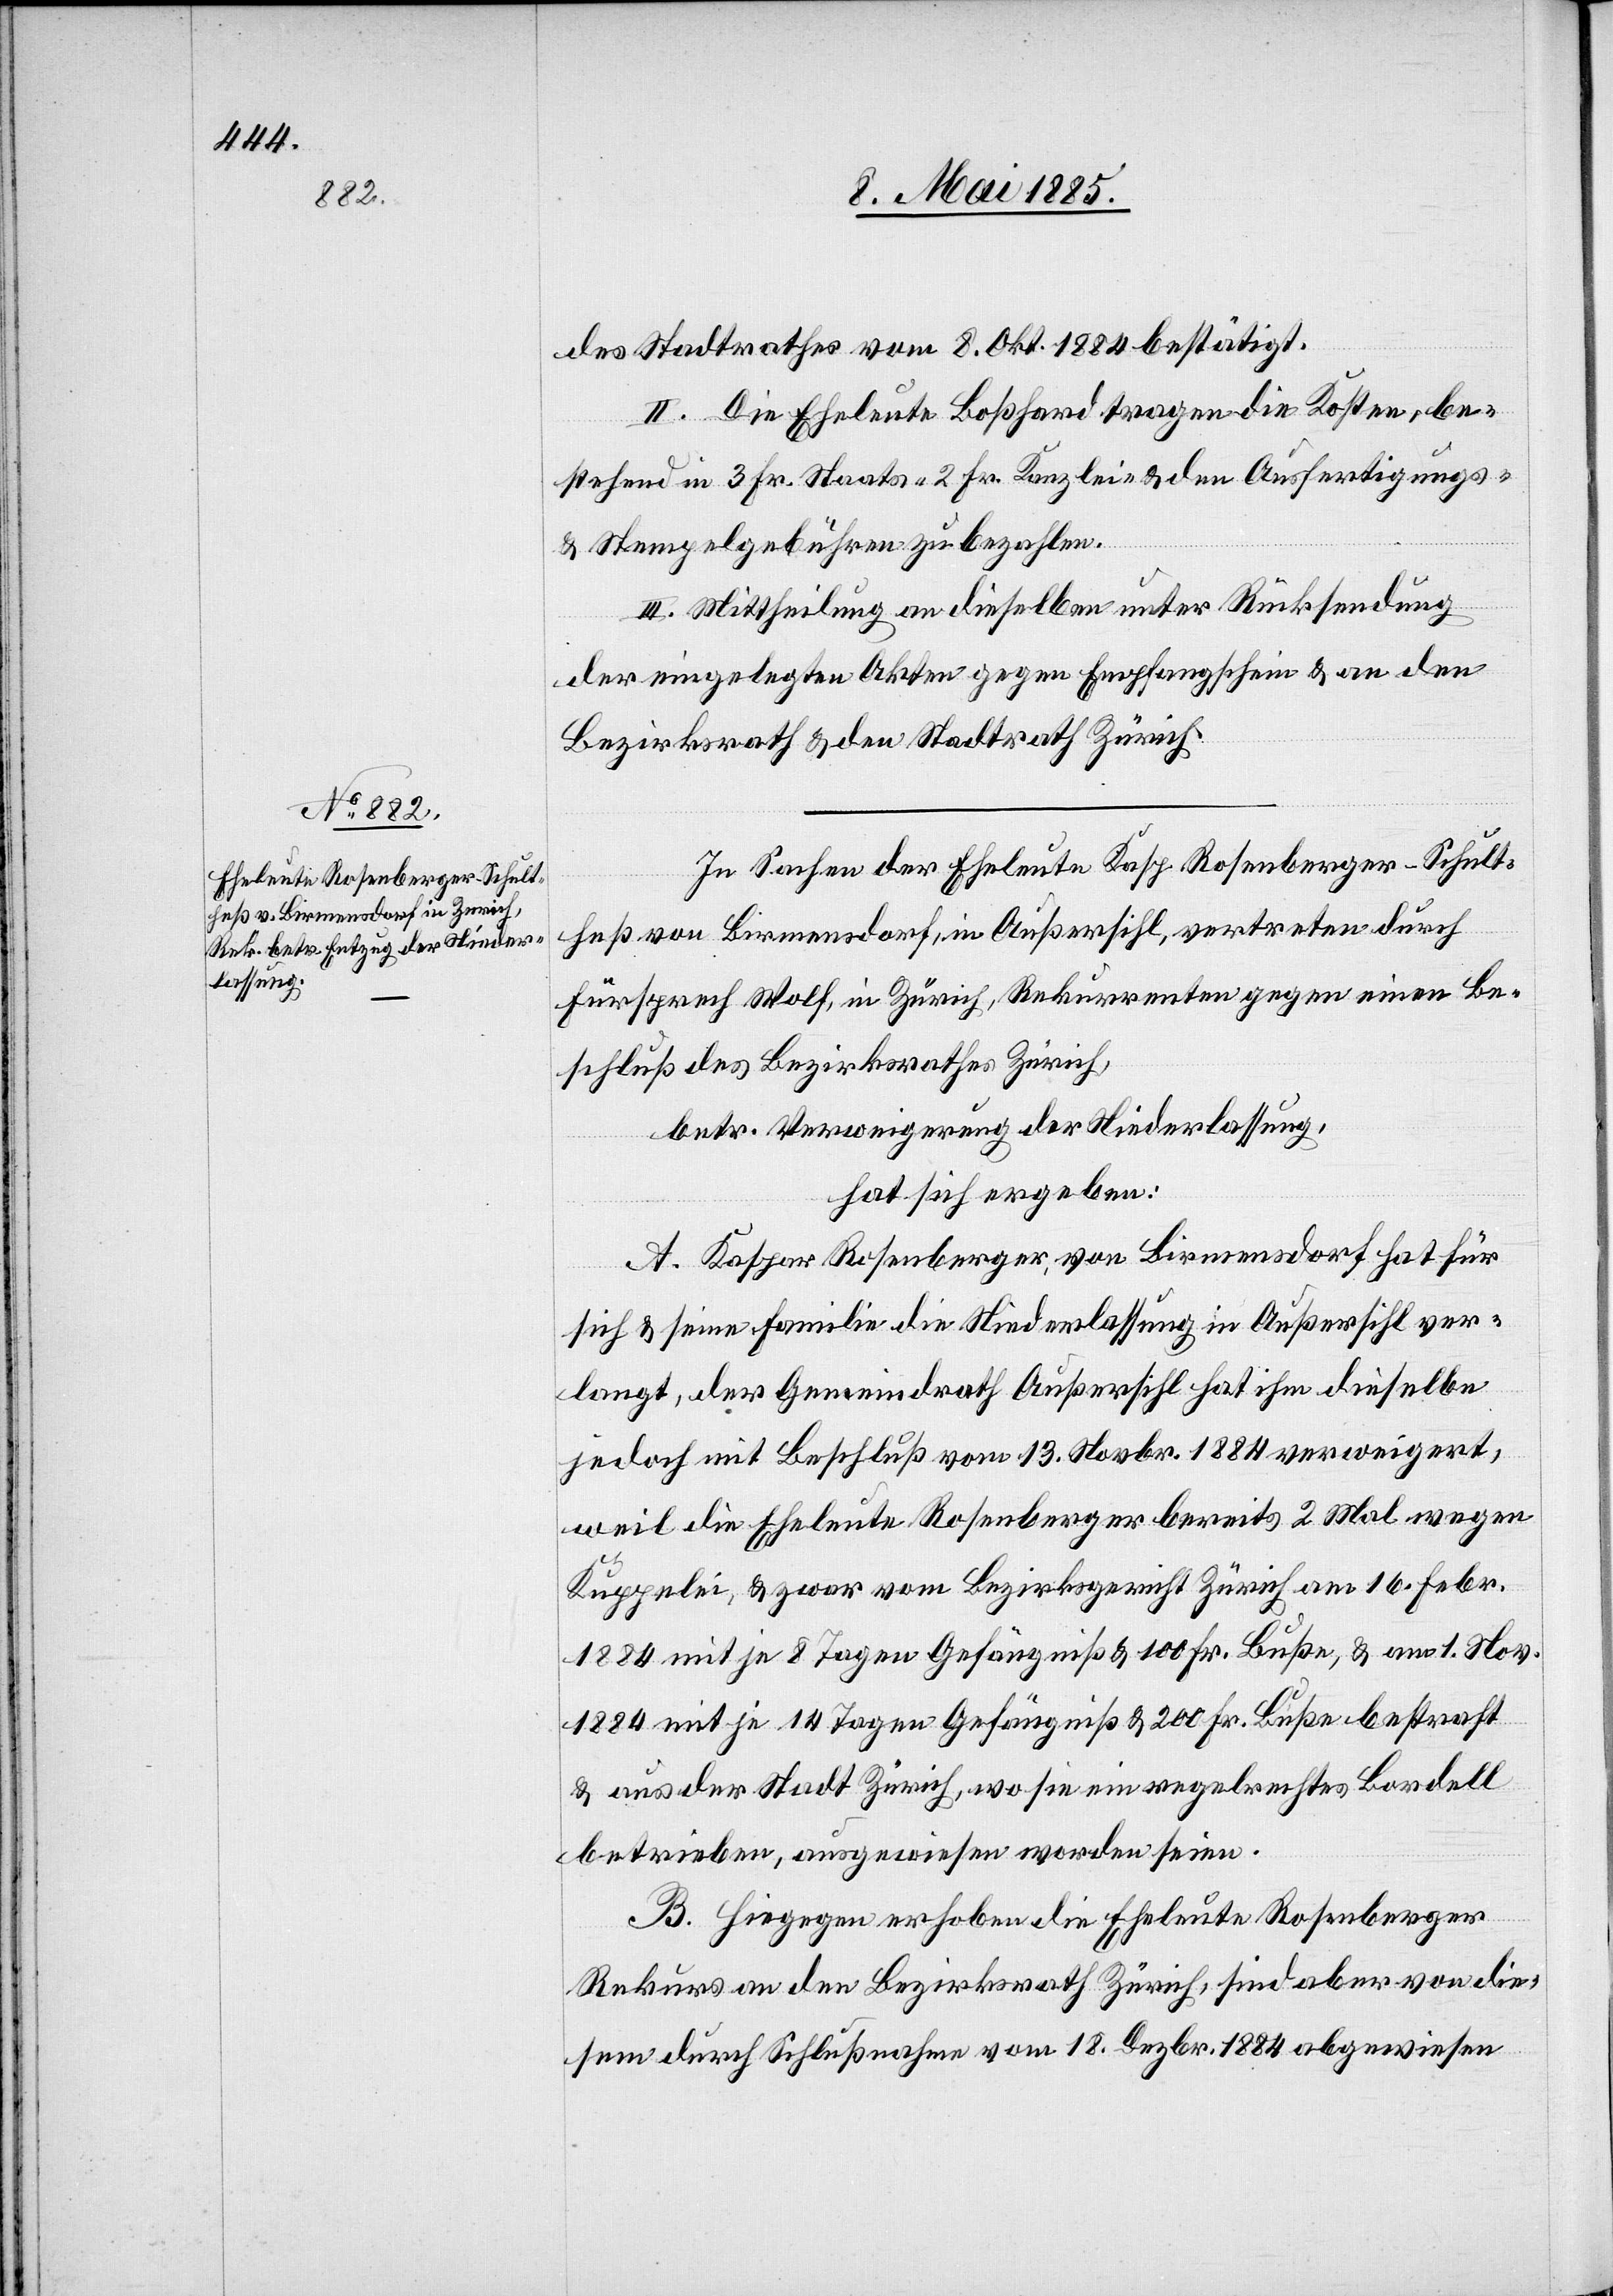
des Stadtrathes vom 8. Okt. 1884 bestätigt.
II. Die Eheleute Boßhard tragen die Kosten, be¬
stehend in 3 Fr. Staats-[,] 2 Fr. Kanzlei- & den Ausfertigungs-
& Stempelgebühren zu bezahlen.
III. Mittheilung an dieselben unter Rücksendung
der eingelegten Akten gegen Empfangsschein & an den
Bezirksrath & den Stadtrath Zürich.
In Sachen der Eheleute Kasp. Rosenberger-Schult¬
heß von Birmensdorf, in Außersihl, vertreten durch
Fürsprech Wolf, in Zürich, Rekurrenten gegen einen Be¬
schluß des Bezirksrathes Zürich,
betr. Verweigerung der Niederlassung,
hat sich ergeben:
A. Kaspar Rosenberger, von Birmensdorf hat für
sich & seine Familie die Niederlassung in Außersihl ver¬
langt, der Gemeindrath Außersihl hat ihm dieselbe
jedoch mit Beschluß vom 13. Novbr. 1884 verweigert,
weil die Eheleute Rosenberger bereits 2 Mal wegen
Kuppelei, & zwar vom Bezirksgericht Zürich am 16. Febr.
1884 mit je 8 Tagen Gefängniß & 100 Fr. Buße, & am 1. Novbr.
1884 mit je 14 Tagen Gefängniß & 200 Fr. Buße bestraft
& aus der Stadt Zürich, wo sie ein regelrechtes Bordell
betrieben, ausgewiesen worden seien.
B. Hiegegen erhoben die Eheleute Rosenberger
Rekurs an den Bezirksrath Zürich, sind aber von die¬
sem durch Schlußnahme vom 18. Dezbr. 1884 abgewiesen